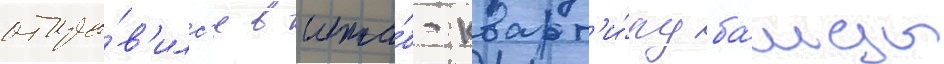
отпра́в'илс'я в шта́б-кварт'и́ру ба́нды